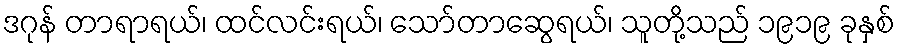
ဒဂုန် တာရာရယ်၊ ထင်လင်းရယ်၊ သော်တာဆွေရယ်၊ သူတို့သည် ၁၉၁၉ ခုနှစ်